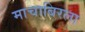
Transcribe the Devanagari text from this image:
माचाबिरला